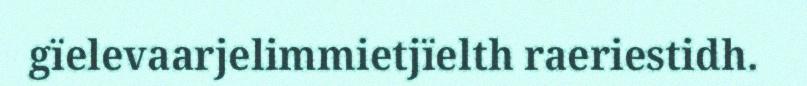
gïelevaarjelimmietjïelth raeriestidh.